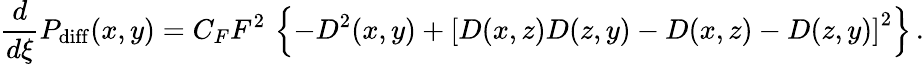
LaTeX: {\frac{d}{d\xi}}P_{\mathrm{diff}}(x,y)=C_{F}F^{2}\, \left\{ -D^{2}(x,y)+\left[D(x,z)D(z,y)-D(x,z)-D(z,y)\right]^{2}\right\} \, .